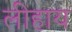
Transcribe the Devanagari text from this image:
लीहाय